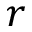
r